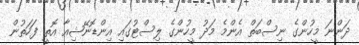
ދަންނަ މީހުންގެ ނިސްބަތް އެންމެ މަދު މީހުންގެ ލިސްޓުގައި އިންޑޮނޭޝިއާ އޮތީ ފަހަތުން